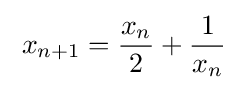
\;x_{n+1}={\frac {x_{n}}{2}}+{\frac {1}{x_{n}}}